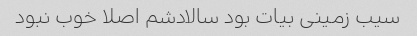
سیب زمینی بیات بود سالادشم اصلا خوب نبود